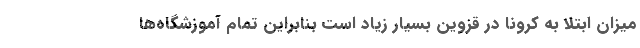
میزان ابتلا به کرونا در قزوین بسیار زیاد است بنابراین تمام آموزشگاه‌ها